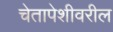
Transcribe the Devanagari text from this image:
चेतापेशीवरील